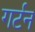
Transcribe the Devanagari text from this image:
गर्टन